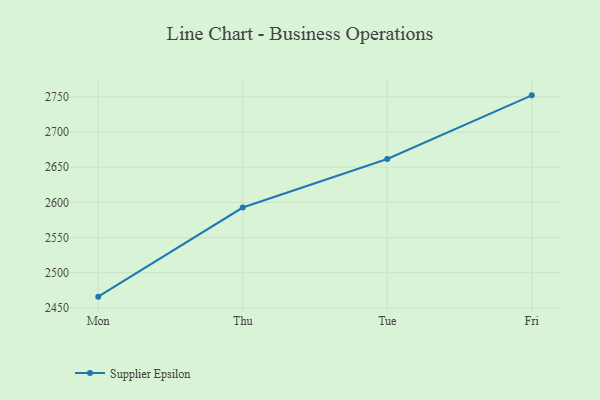
{"axis": {"x": "Day", "y": "Humidity (%)"}, "legend": ["Supplier Epsilon"], "data": [{"x": "Mon", "y": 2465.9, "type": "Supplier Epsilon"}, {"x": "Thu", "y": 2592.7, "type": "Supplier Epsilon"}, {"x": "Tue", "y": 2661.7, "type": "Supplier Epsilon"}, {"x": "Fri", "y": 2752.3, "type": "Supplier Epsilon"}]}